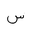
Letter: _sin